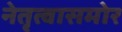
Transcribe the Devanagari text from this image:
नेतृत्वासमोर